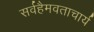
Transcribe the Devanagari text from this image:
सर्वहैमवताचार्य